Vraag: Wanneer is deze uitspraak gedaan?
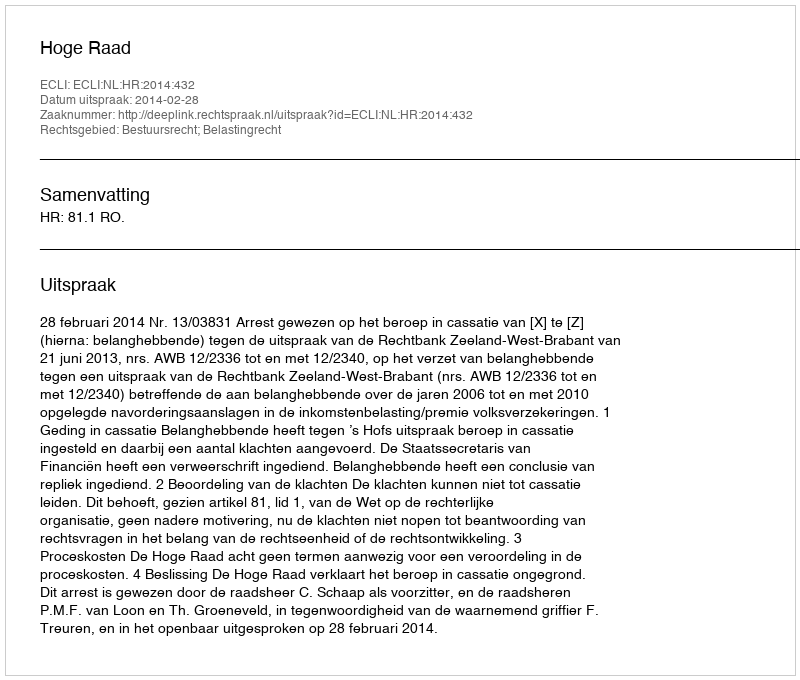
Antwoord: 2014-02-28